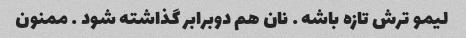
لیمو ترش تازه باشه … نان هم دوبرابر گذاشته شود … ممنون